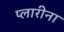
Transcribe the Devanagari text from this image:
प्लारीना